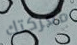
معركتك